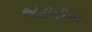
એટીપીના